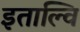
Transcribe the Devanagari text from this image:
इताल्वि